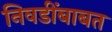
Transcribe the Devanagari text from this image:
निवडींबाबत